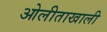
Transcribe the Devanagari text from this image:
ओलीताखाली